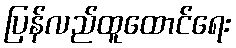
ပြန်လည်ထူထောင်ရေး